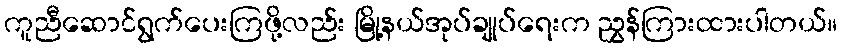
ကူညီဆောင်ရွက်ပေးကြဖို့လည်း မြို့နယ်အုပ်ချုပ်ရေးက ညွှန်ကြားထားပါတယ်။